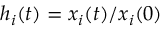
h _ { i } ( t ) = x _ { i } ( t ) / x _ { i } ( 0 )